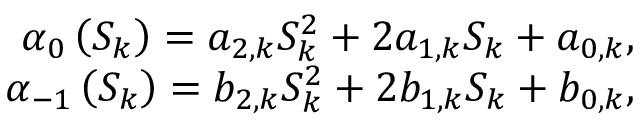
\begin{array} { r } { \alpha _ { 0 } \left( S _ { k } \right) = a _ { 2 , k } S _ { k } ^ { 2 } + 2 a _ { 1 , k } S _ { k } + a _ { 0 , k } , } \\ { \alpha _ { - 1 } \left( S _ { k } \right) = b _ { 2 , k } S _ { k } ^ { 2 } + 2 b _ { 1 , k } S _ { k } + b _ { 0 , k } , } \end{array}